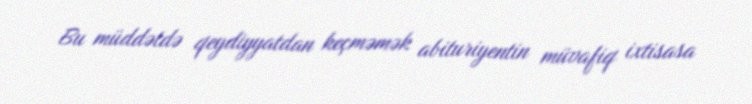
Bu müddətdə qeydiyyatdan keçməmək abituriyentin müvafiq ixtisasa